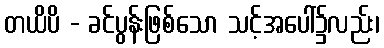
တယိပိ - ခင်ပွန်းဖြစ်သော သင့်အပေါ်၌လည်း၊